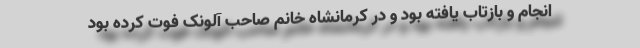
انجام و بازتاب یافته بود و در کرمانشاه خانم صاحب آلونک فوت کرده بود